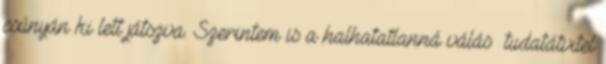
csúnyán ki lett játszva. Szerintem is a halhatatlanná válás tudatátvitel